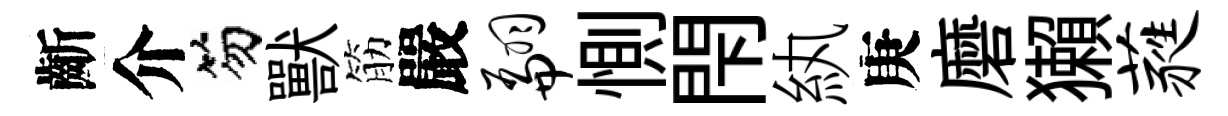
齗介笏獸筋嚴翩惻閇紈庚磨獺蕤